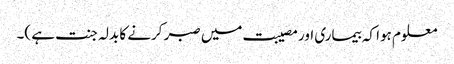
معلوم ہوا کہ بیماری اور مصیبت میں صبر کرنے کا بدلہ جنت ہے )۔